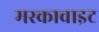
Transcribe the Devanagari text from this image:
मस्कावाइट